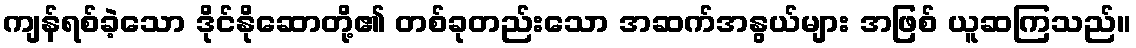
ကျန်ရစ်ခဲ့သော ဒိုင်နိုဆောတို့၏ တစ်ခုတည်းသော အဆက်အနွယ်များ အဖြစ် ယူဆကြသည်။